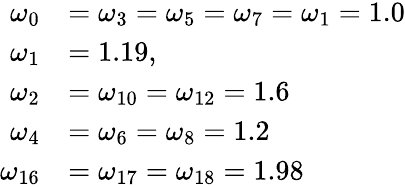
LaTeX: \begin{array}{rl}{\omega_{0}}&{=\omega_{3}=\omega_{5}=\omega_{7}=\omega_{1}=1.0}\\ {\omega_{1}}&{=1.19,}\\ {\omega_{2}}&{=\omega_{10}=\omega_{12}=1.6}\\ {\omega_{4}}&{=\omega_{6}=\omega_{8}=1.2}\\ {\omega_{16}}&{=\omega_{17}=\omega_{18}=1.98}\end{array}